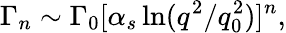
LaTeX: \Gamma_{n}\sim\Gamma_{0}[\alpha_{s}\ln(q^{2}/q_{0}^{2})]^{n},